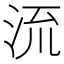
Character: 𣴑